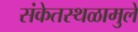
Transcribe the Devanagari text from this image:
संकेतस्थळामुले